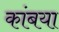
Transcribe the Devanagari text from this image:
कांबया